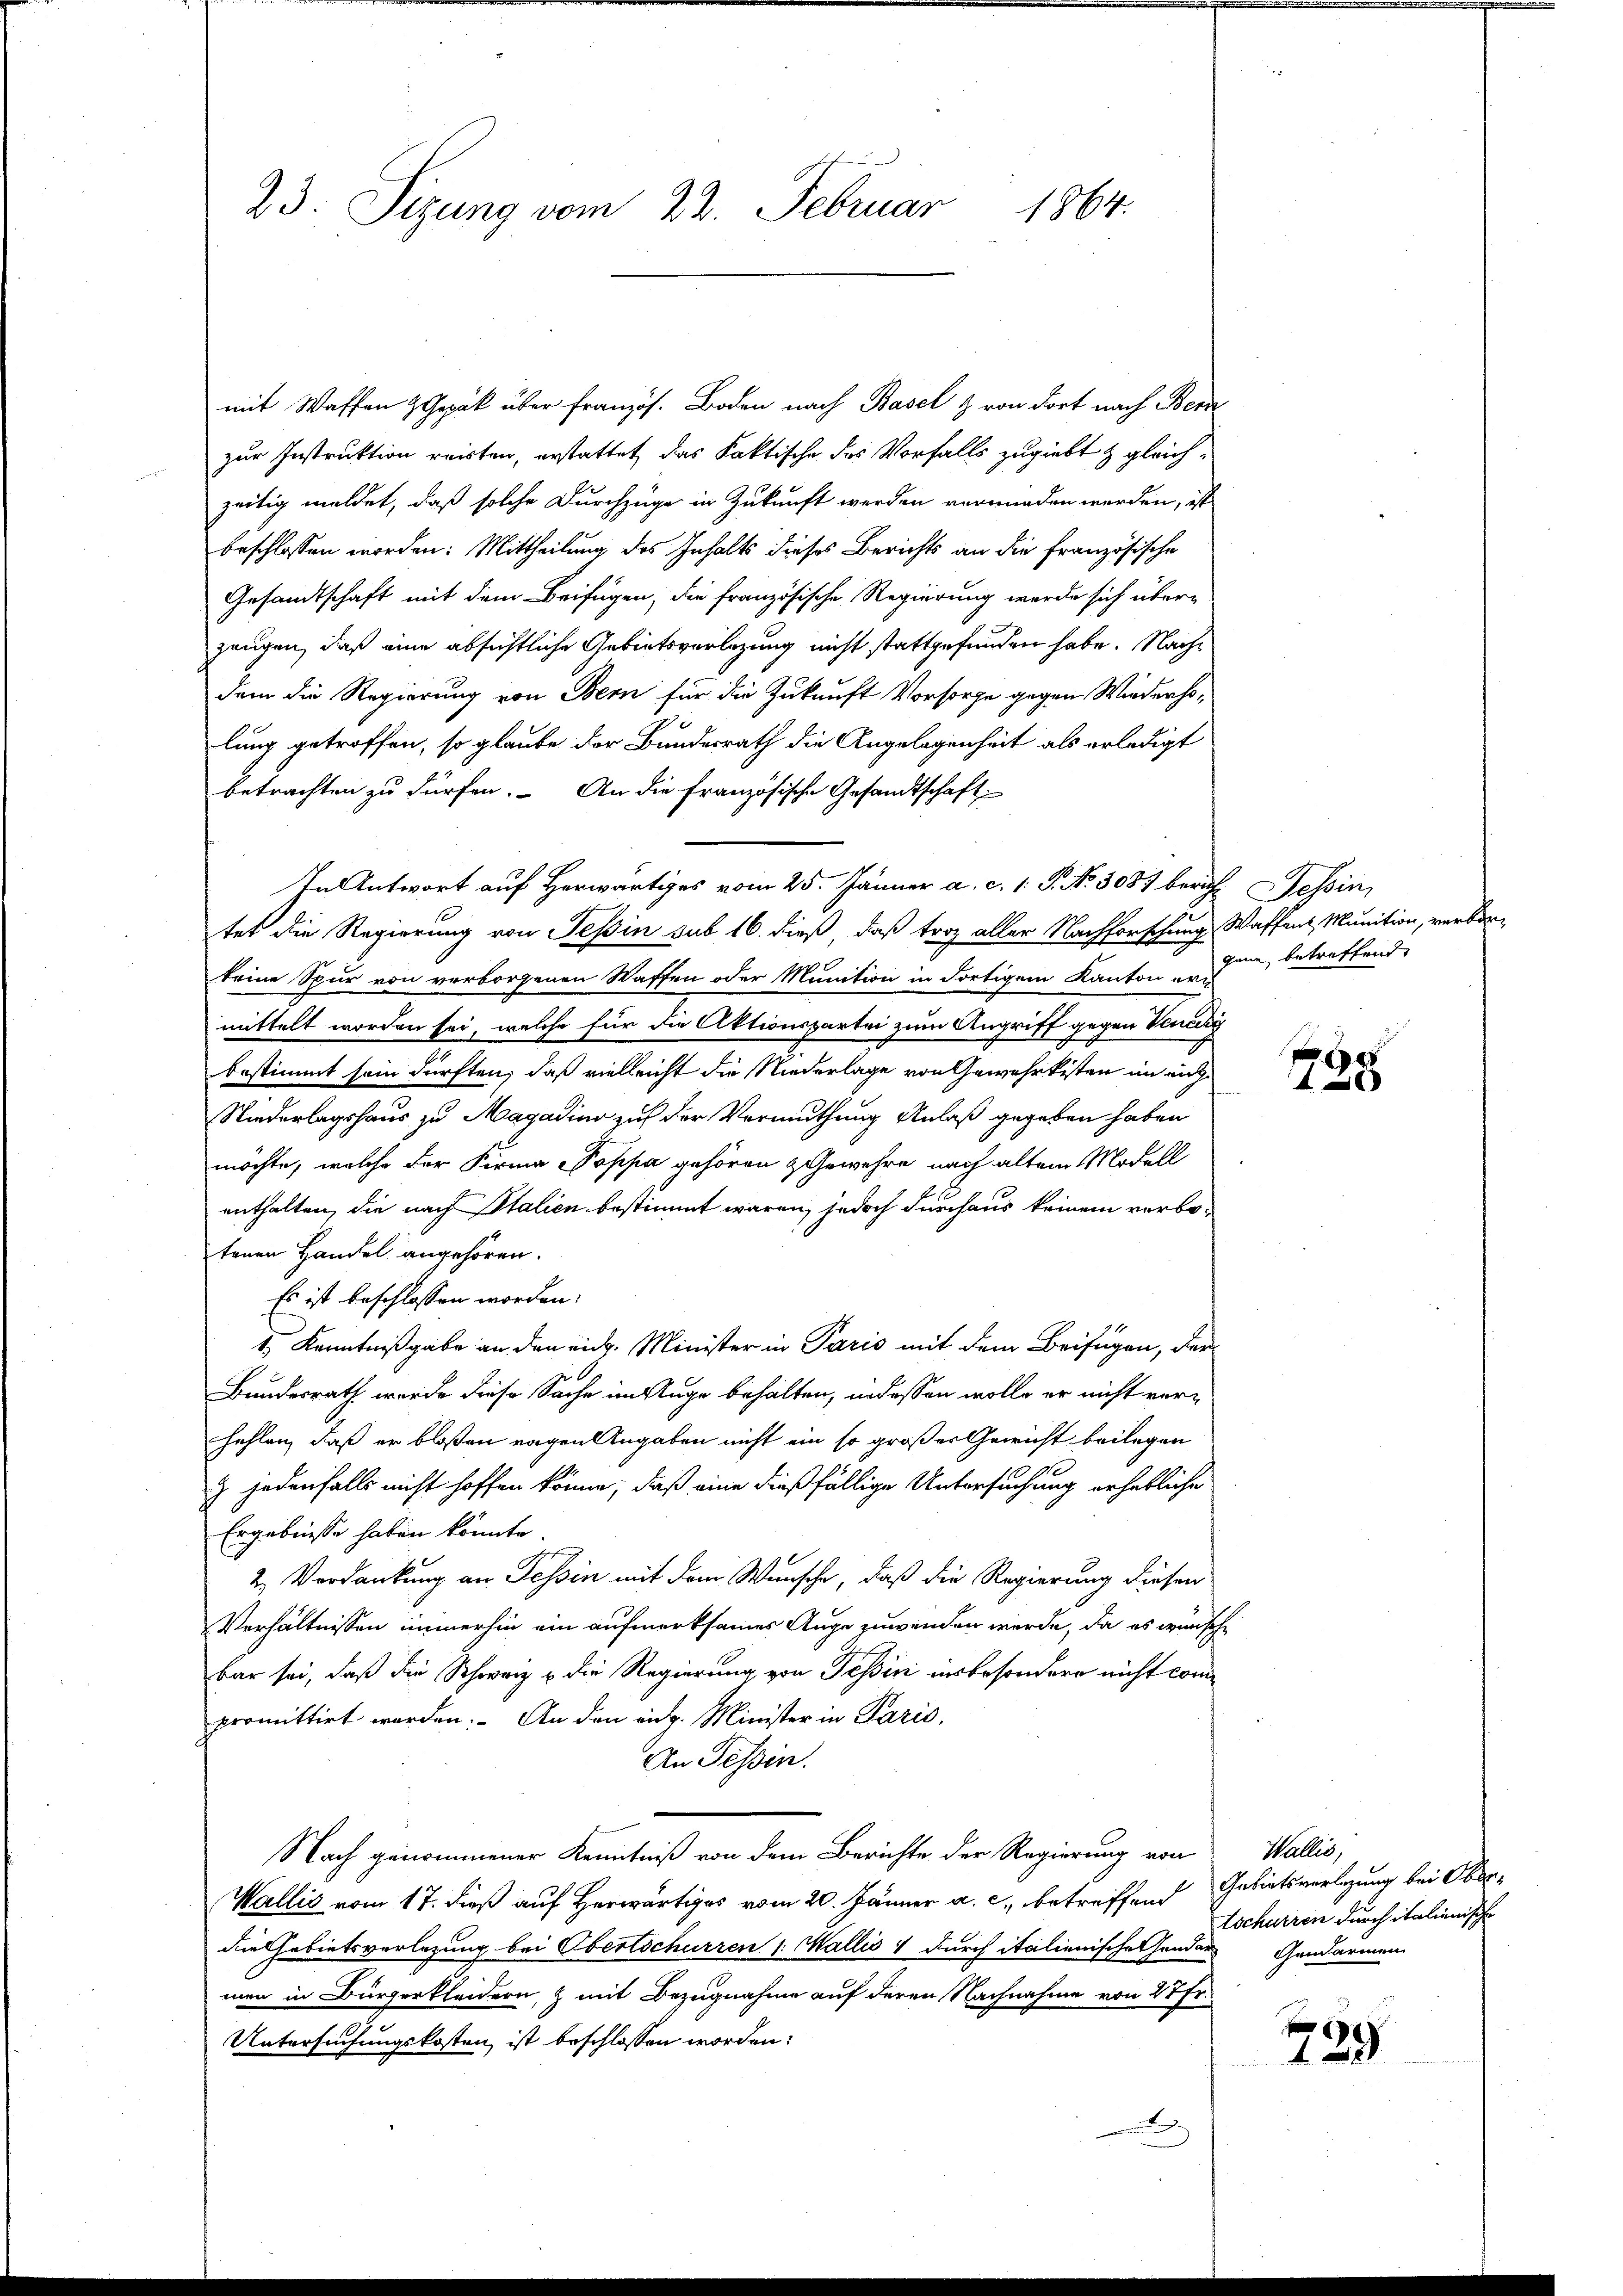
23. Sizung vom 22. Februar
1864.

mit Waffen Gepäck über französ. Boden nach Basel & von dort nach Bern
zur Instruktion reisten, erstattet das Faktische des Vorfalls zugiebt & gleich¬
G
zeitig meldet, daß solche Durchzüge in Zukunft werden verminden werden, ist
beschlossen worden: Mittheilung des Inhalts dieses Berichts an die Französische
Gesandtschaft mit dem Beifügen, die französische Regierung werde sich überzeugen, daß eine absichtliche Gebietsverlegung nicht stattgefunden habe. Nachdem die Regierung von Bern für die Zukunft Vorsorge gegen Wiederholung getroffen, so glaube der Bundesrath die Angelegenheit als erledigt
betrachten zu dürfen. An die französische Gesandtschaft
In Antwort auf Herwärtiges vom 25. Jänner a. c. 1. P. No 3087 bericht Tessin,
tet die Regierung von Tessin sub 16. dieß, daß troz aller Nachforschung Waffent, Munition, verbinkeine Spur von verborgenen Waffen oder Munition in dortigem Kanton ermittelt worden sei, welche für die Aktionspartei zum Angriff gegen Venicky
bestimmt sein dürften, daß vielleicht die Niederlage von Gewehrkisten im ent¬
Niederlagshaus zu Magadino auf der Vermuthung Anlaß gegeben haben
möchte, welche der Firma „Poppa gehören & Gewehre nach alten Modell
enthalten, die nach Italien bestimmt wären, jedoch durchaus keinem verbotenen Handel angehören.
Es ist beschlossen worden.
1) Kenntnißgabe an den ein. Minister in Paris mit dem Beifügen, der
Bundesrath werde diese Sache im Auge behalten, indessen wolle er nicht verfehlen, daß er bloßen regen Angaben nicht ein so großer Gewicht beilagen
z jedenfalls nicht hoffen könne, daß eine dießfällige Untersuchung gehebliche
Ergebnisse haben könnte.
2. Verdankung an Tessin mit dem Wunsche, daß die Regierung diesen
Verhältnissen immerhin ein aufmerksames Auge zuwenden werde, da es wünsche
bar sei, daß die Schweiz & die Regierung von Tessin insbesondere nicht compromittirt werden. An den eidg. Minister in Paris,
An Tessin.
Nach genommener Kenntniß von dem Berichte der Regierung von Wallis,
Wallis vom 17. dieß auf Herr vom 20. Jänner a. c., betreffend Gebietsverlegung bei Oberdie Gebietsverlegung bei Obertschurren /: Wallis  durch italienische Gendarmen in Bürgerkleidern, & mit Bezugnahme auf deren Nachnahme von 27 f.
Untersuchungskosten ist beschlossen worden:

gene betreffend

¬
.

tschurren durch italienische
Gendarmen

739